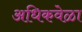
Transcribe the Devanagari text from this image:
अधिकवेळा